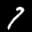
Label: 7